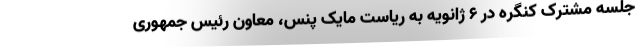
جلسه مشترک کنگره در ۶ ژانویه به ریاست مایک پنس، معاون رئیس جمهوری